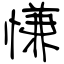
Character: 慊